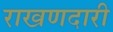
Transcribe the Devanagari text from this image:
राखणदारी